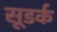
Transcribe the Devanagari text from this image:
सूडर्क